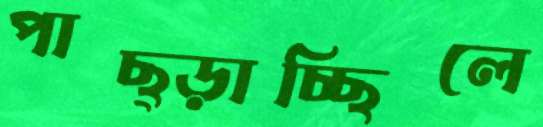
পাছ্‌ড়াচ্ছিলে